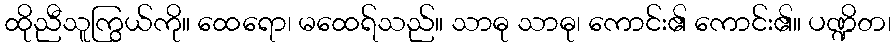
ထိုညီသူကြွယ်ကို။ ထေရော၊ မထေရ်သည်။ သာဓု သာဓု၊ ကောင်း၏ ကောင်း၏။ ပဏ္ဍိတ၊